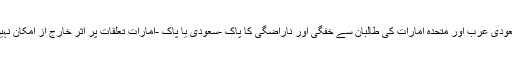
سعودی عرب اور متحدہ امارات کی طالبان سے خفگی اور ناراضگی کا پاک -سعودی یا پاک -امارات تعلقات پر اثر خارج از امکان نہیں۔